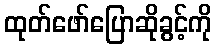
ထုတ်ဖော်ပြောဆိုခွင့်ကို